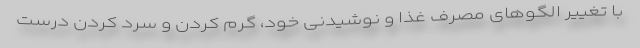
با تغییر الگوهای مصرف غذا و نوشیدنی خود، گرم کردن و سرد کردن درست